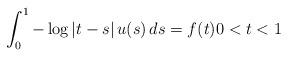
LaTeX: \begin{align*} \int_0^1 -\log|t-s| \, u(s) \, ds = f (t) 0 < t < 1\end{align*}